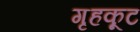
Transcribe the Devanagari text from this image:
गृहकूट